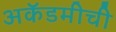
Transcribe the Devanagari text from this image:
अकॅडमीची